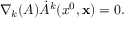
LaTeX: \nabla _ { k } ( A ) \dot { A } ^ { k } ( x ^ { 0 } , { \bf x } ) = 0 .